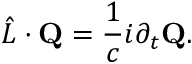
\hat { L } \cdot \mathbf { Q } = \frac { 1 } { c } i \partial _ { t } \mathbf { Q } .